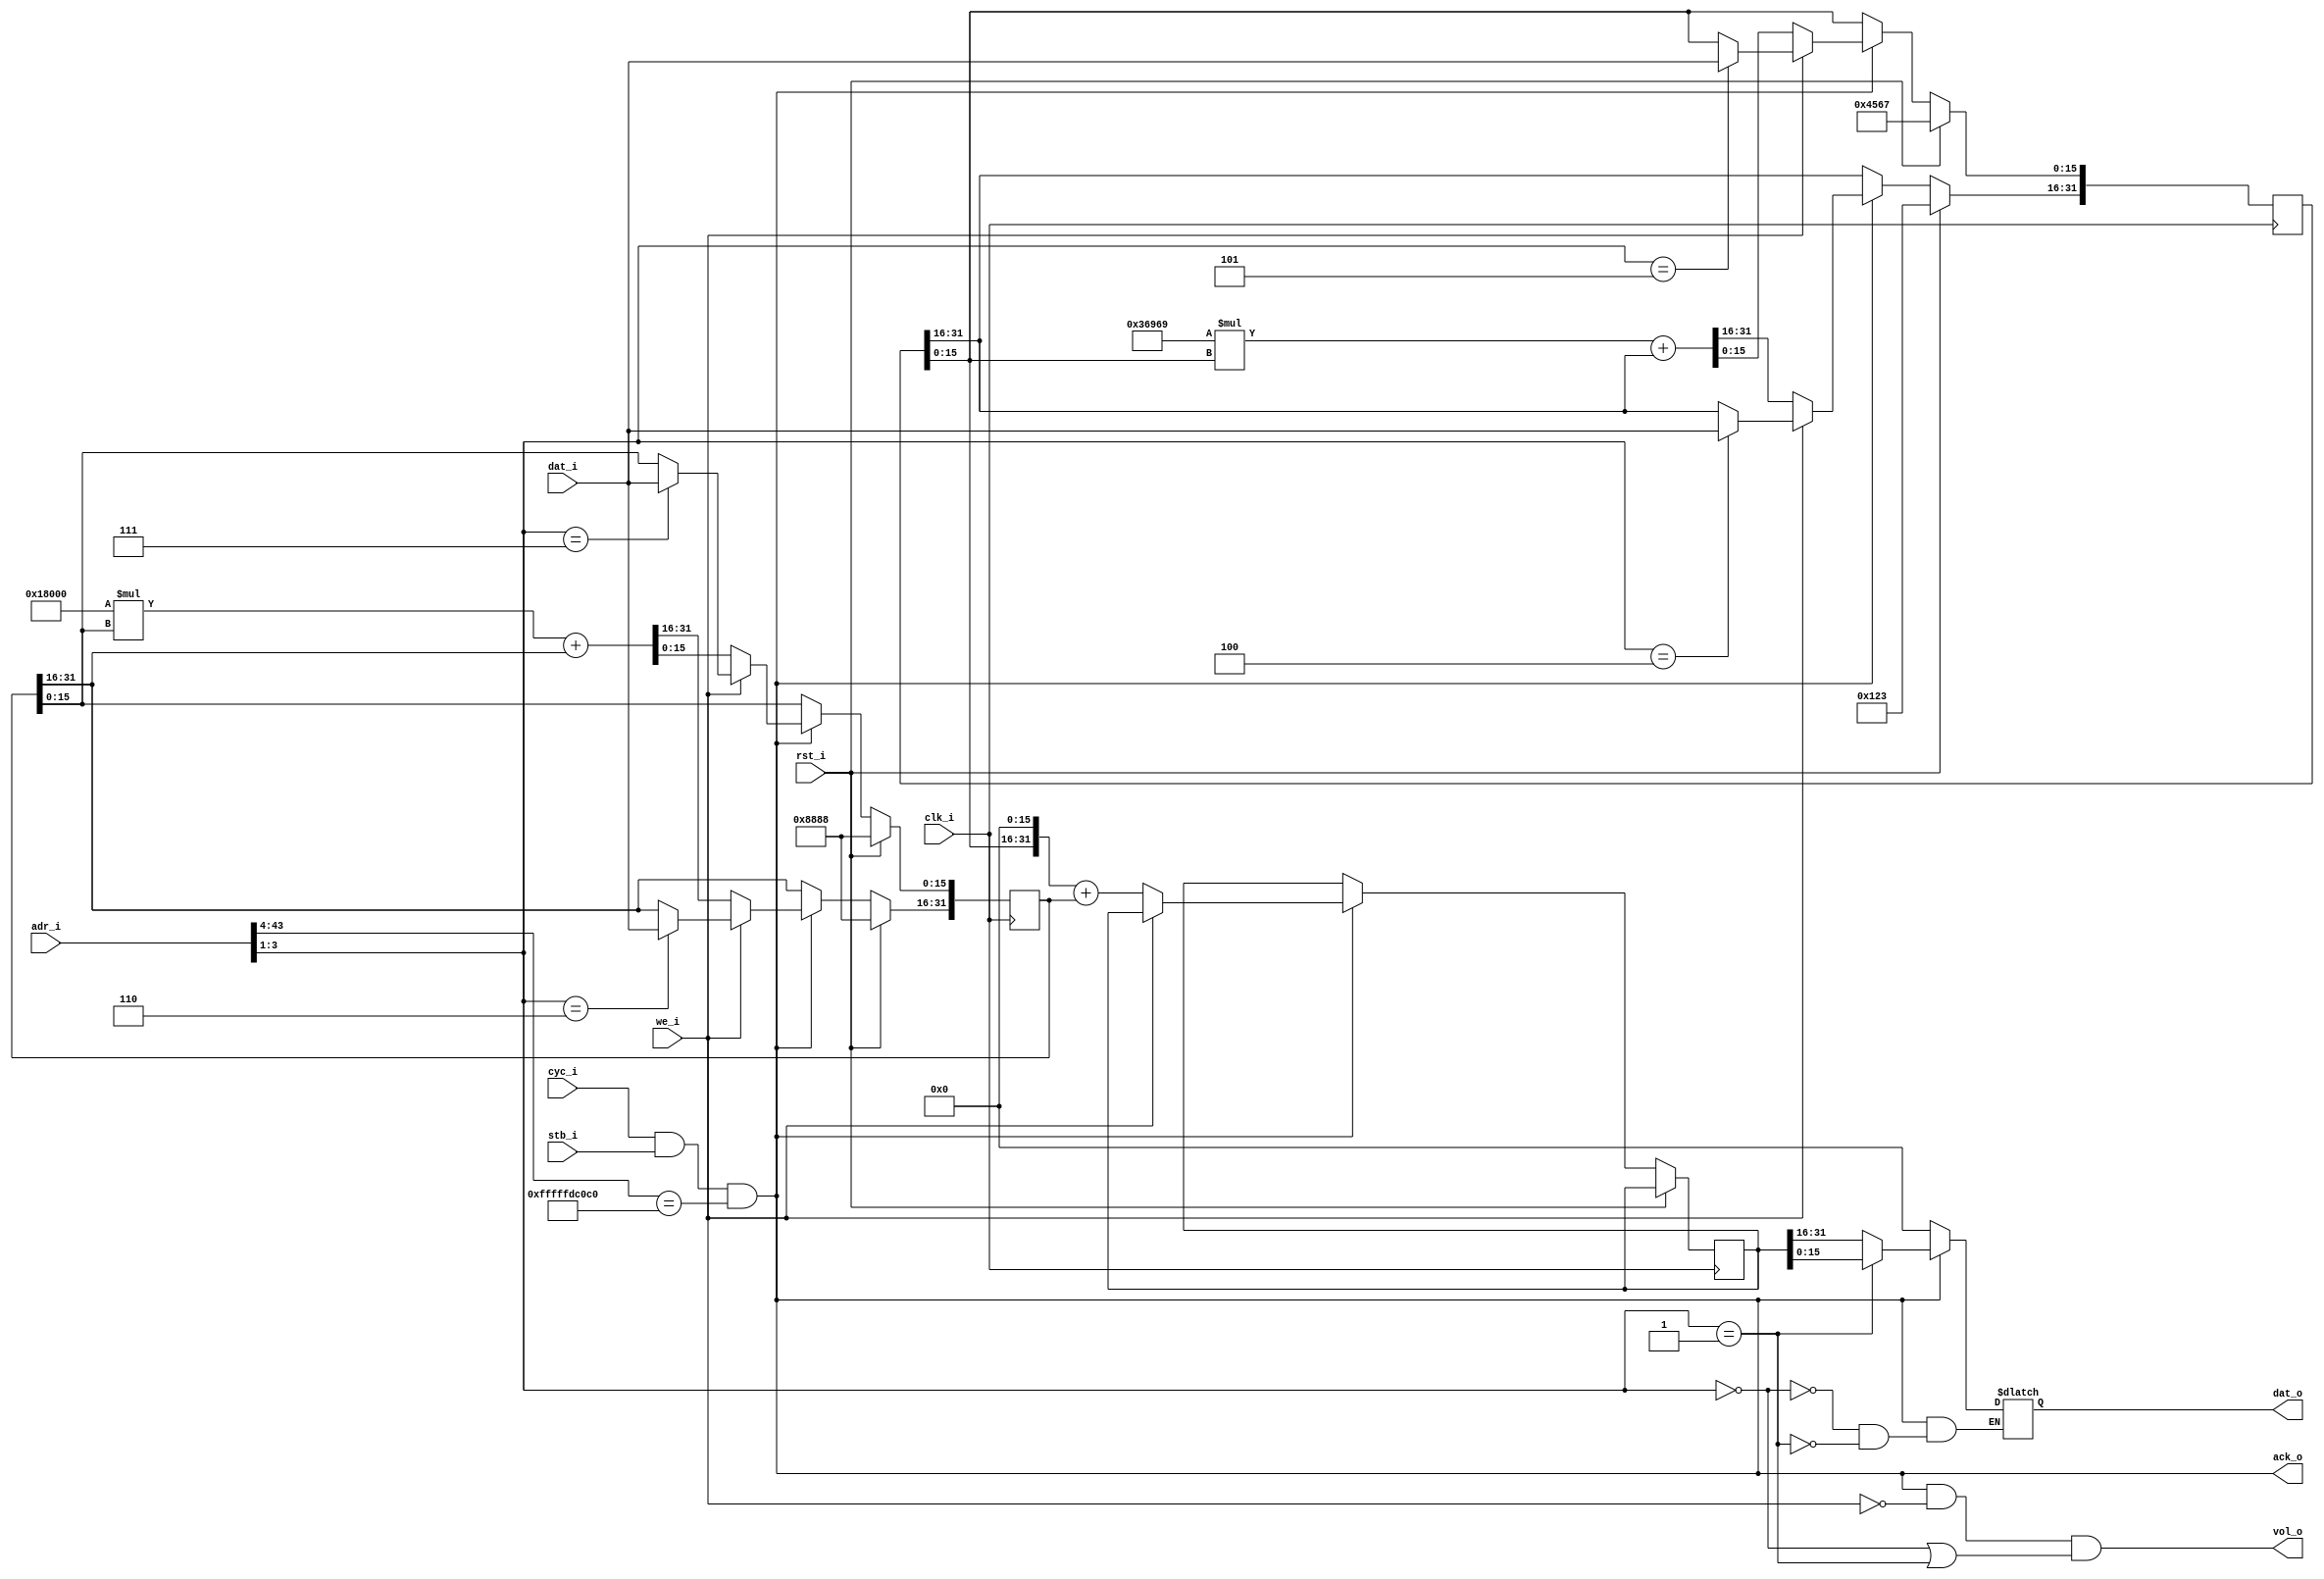
// ============================================================================
//	2011  Robert Finch
//	robfinch@<remove>opencores.ca
//
// rtfRandom.v
//     Random number generator.
//
//
// This source file is free software: you can redistribute it and/or modify 
// it under the terms of the GNU Lesser General Public License as published 
// by the Free Software Foundation, either version 3 of the License, or     
// (at your option) any later version.                                      
//                                                                          
// This source file is distributed in the hope that it will be useful,      
// but WITHOUT ANY WARRANTY; without even the implied warranty of           
// MERCHANTABILITY or FITNESS FOR A PARTICULAR PURPOSE.  See the            
// GNU General Public License for more details.                             
//                                                                          
// You should have received a copy of the GNU General Public License        
// along with this program.  If not, see <http://www.gnu.org/licenses/>.    
//                      
// 	Reg no.
//	0			random output bits [31:16]
//  1           random output bits [15: 0]
//  2           not used
//  3           not used
//  4           m_z seed setting bits [31:16]
//  5           m_z seed setting bits [15 :0]
//  6           m_w seed setting bits [31:16]
//  7           m_w seed setting bits [15 :0]
//
//  +- - - - - - - - - - - - - - - - - - - - - - - - - - - - - - - - - -
//	|WISHBONE Datasheet
//	|WISHBONE SoC Architecture Specification, Revision B.3
//	|
//	|Description:						Specifications:
//	+- - - - - - - - - - - - - - - - - - - - - - - - - - - - - - - - - -
//	|General Description:				random number generator
//	+- - - - - - - - - - - - - - - - - - - - - - - - - - - - - - - - - -
//	|Supported Cycles:					SLAVE,READ/WRITE
//	|									SLAVE,BLOCK READ/WRITE
//	|									SLAVE,RMW
//	+- - - - - - - - - - - - - - - - - - - - - - - - - - - - - - - - - -
//	|Data port, size:					16 bit
//	|Data port, granularity:			16 bit
//	|Data port, maximum operand size:	16 bit
//	|Data transfer ordering:			Undefined
//	|Data transfer sequencing:			Undefined
//	+- - - - - - - - - - - - - - - - - - - - - - - - - - - - - - - - - -
//	|Clock frequency constraints:		none
//	+- - - - - - - - - - - - - - - - - - - - - - - - - - - - - - - - - -
//	|Supported signal list and			Signal Name		WISHBONE equiv.
//	|cross reference to equivalent		ack_o			ACK_O
//	|WISHBONE signals					adr_i[43:0]		ADR_I()
//	|									clk_i			CLK_I
//	|                                   rst_i           RST_I()
//	|									dat_i(15:0)		DAT_I()
//	|									dat_o(15:0)		DAT_O()
//	|									cyc_i			CYC_I
//	|									stb_i			STB_I
//	|									we_i			WE_I
//	|
//	+- - - - - - - - - - - - - - - - - - - - - - - - - - - - - - - - - -
//	|Special requirements:
//	+- - - - - - - - - - - - - - - - - - - - - - - - - - - - - - - - - -
//
// ============================================================================
//
// Uses George Marsaglia's multiply method
//
// m_w = <choose-initializer>;    /* must not be zero */
// m_z = <choose-initializer>;    /* must not be zero */
//
// uint get_random()
// {
//     m_z = 36969 * (m_z & 65535) + (m_z >> 16);
//     m_w = 18000 * (m_w & 65535) + (m_w >> 16);
//     return (m_z << 16) + m_w;  /* 32-bit result */
// }
//
module rtfRandom(rst_i, clk_i, cyc_i, stb_i, ack_o, we_i, adr_i, dat_i, dat_o, vol_o);
input rst_i;
input clk_i;
input cyc_i;
input stb_i;
output ack_o;
input we_i;
input [43:0] adr_i;
input [15:0] dat_i;
output [15:0] dat_o;
reg [15:0] dat_o;
output vol_o;			// outputting a vclatile register

wire cs = cyc_i && stb_i && (adr_i[43:4]==40'hFFF_FFDC_0C0);
assign ack_o = cs;
assign vol_o = cs && !we_i && (adr_i[3:1]==3'd0 || adr_i[3:1]==3'd1);

reg [31:0] m_z;
reg [31:0] m_w;
reg [31:0] next_m_z;
reg [31:0] next_m_w;
reg [31:0] out;

always @(m_z or m_w)
begin
	next_m_z <= (18'h36969 * m_z[15:0]) + m_z[31:16];
	next_m_w <= (18'h18000 * m_w[15:0]) + m_w[31:16];
end

// Register read path
//
always @(cs or adr_i or out or m_z or m_w)
	if (cs)
		case(adr_i[3:1])
		3'd0:	dat_o <= out[31:16];
		3'd1:	dat_o <= out[15: 0];
// Uncomment these for register read-back
//		3'd4:	dat_o <= m_z[31:16];
//		3'd5:	dat_o <= m_z[15: 0];
//		3'd6:	dat_o <= m_w[31:16];
//		3'd7:	dat_o <= m_w[15: 0];
		endcase
	else
		dat_o <= 16'h0000;

// Register write path
//
always @(posedge clk_i)
if (rst_i) begin
	m_z <= 32'h01234567;	// These must be non-zero
	m_w <= 32'h88888888;
end
else begin
	if (cs) begin
		if (we_i)
			case(adr_i[3:1])
			3'd4:	m_z[31:16] <= dat_i;
			3'd5:	m_z[15: 0] <= dat_i;
			3'd6:	m_w[31:16] <= dat_i;
			3'd7:	m_w[15: 0] <= dat_i;
			endcase
		// cycle the generator on a read
		else begin
			m_z <= next_m_z;
			m_w <= next_m_w;
			out <= {m_z[15:0],16'd0} + m_w;
		end
	end
end

endmodule